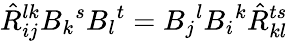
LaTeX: \hat{R}_{ij}^{lk}B_{k}{}^{s}B_{l}{}^{t}=B_{j}{}^{l}B_{i}{}^{k}\hat{R}_{kl}^{ts}